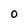
Character: 0